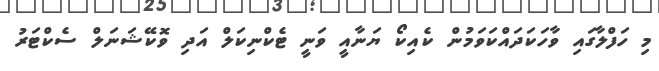
މި ހަފްލާގައި ވާހަކަދައްކަވަމުން ކެއިކޯ ޔަނާއީ ވަނީ ޓެކްނިކަލް އަދި ވޮކޭޝަނަލް ސެކްޓަރު